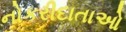
નોકરીદાતાઓ